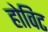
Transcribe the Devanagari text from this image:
होविट